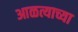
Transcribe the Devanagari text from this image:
आळत्याच्या